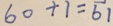
6 0 + 1 = 6 1